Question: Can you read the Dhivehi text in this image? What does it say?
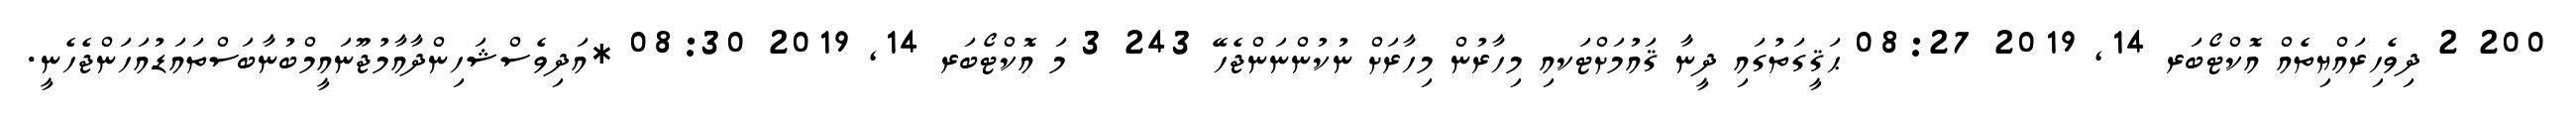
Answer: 200 2 ދިވެހިރައްޔިތެއް އޮކްޓޯބަރ 14, 2019 08:27 ޙަޤީގަތުގައި ދީނާ ޤައުމަށްޓަކއި މިހާރުން މިހާރަށް ނުކުންނަންޖެހޭ 243 3 މަ އޮކްޓޯބަރ 14, 2019 08:30 *އަދިވެސްޝަހިންދާއާމުޖޫނައީމްބުނާބަސްތައަޑުއަހަންޖެހެނީ.